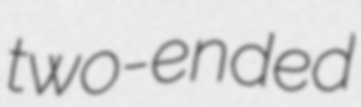
two-ended